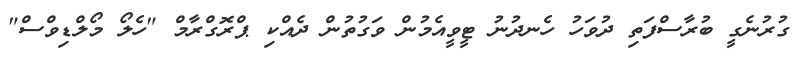
ގުރުނެގީ ބުރާސްފަތި ދުވަހު ހެނދުނު ޓީވީއެމުން ވަގުތުން ދެއްކި ޕްރޮގްރާމް "ހެލޯ މޯލްޑިވްސް"